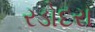
રડોદરા